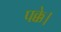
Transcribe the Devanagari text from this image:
पक्के।